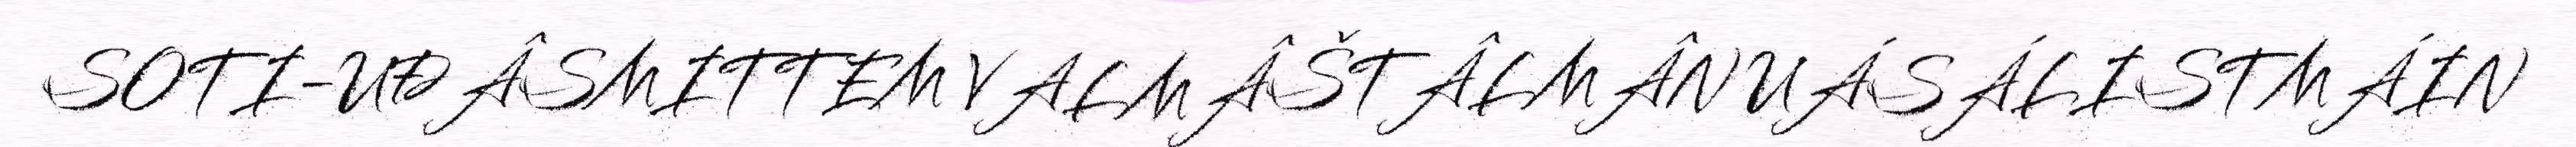
SOTI-UĐÂSMITTEM VALMÂŠTÂLMÂN UÁSÁLISTMÁIN